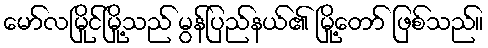
မော်လမြိုင်မြို့သည် မွန်ပြည်နယ်၏ မြို့တော် ဖြစ်သည်။